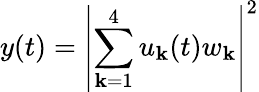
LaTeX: y(t)=\left|\sum_{\mathbf{k}=1}^{4}u_{\mathbf{k}}(t)w_{\mathbf{k}}\right|^{2}